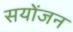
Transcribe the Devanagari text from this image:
सयोंजन